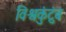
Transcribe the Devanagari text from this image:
विश्वकुंटुंब